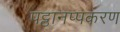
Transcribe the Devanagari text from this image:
पट्ठानप्पकरण